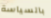
بالسياسة